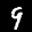
Label: 9